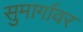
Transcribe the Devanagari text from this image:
सुमार्गावर